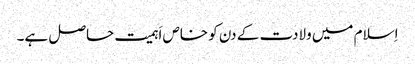
اِسلام میں ولادت کے دن کو خاص اَہمیت حاصل ہے۔